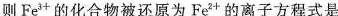
则Fe^{3+}的化合物被还原为Fe^{2+}的离子方程式是